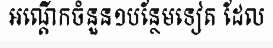
អណ្តើកចំនួន១បន្ថែមទៀត ដែល